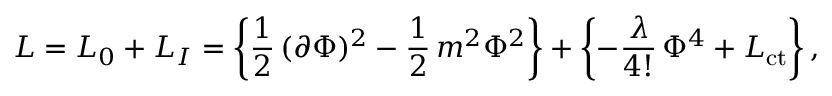
{ \cal L } = { \cal L } _ { 0 } + { \cal L } _ { I } = \left\{ \frac { 1 } { 2 } \, ( \partial \Phi ) ^ { 2 } - \frac { 1 } { 2 } \, m ^ { 2 } \Phi ^ { 2 } \right\} + \left\{ - \frac { \lambda } { 4 ! } \, \Phi ^ { 4 } + { \cal L } _ { \mathrm { c t } } \right\} ,